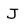
Character: J